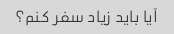
آیا باید زیاد سفر کنم؟